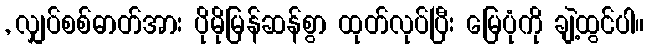
, လျှပ်စစ်ဓာတ်အား ပိုမိုမြန်ဆန်စွာ ထုတ်လုပ်ပြီး မြေပုံကို ချဲ့ထွင်ပါ။